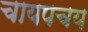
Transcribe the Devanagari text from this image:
चायपचय